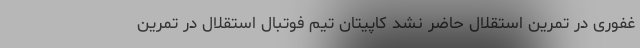
غفوری در تمرین استقلال حاضر نشد کاپیتان تیم فوتبال استقلال در تمرین